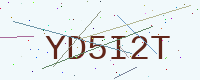
Text: YD5I2T